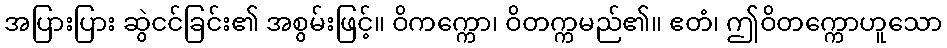
အပြားပြား ဆွဲငင်ခြင်း၏ အစွမ်းဖြင့်။ ဝိကက္ကော၊ ဝိတက္ကမည်၏။ ဧတံ၊ ဤဝိတက္ကောဟူသော